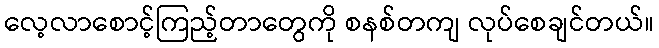
လေ့လာစောင့်ကြည့်တာတွေကို စနစ်တကျ လုပ်စေချင်တယ်။